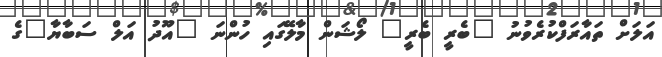
އަލަށް ތައާރަފްކުރެވުނު "ބެރީ ބެރީ" ލޯޝަން މާލޭގައި ހުންނަ "އޫދު އަލް ސަބާޔާ"ގެ